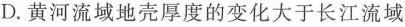
D.黄河流域地壳厚度的变化大于长江流域